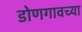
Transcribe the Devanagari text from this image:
डोणगावच्या